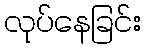
လုပ်နေခြင်း